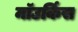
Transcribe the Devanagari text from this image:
माॅउर्किस